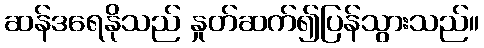
ဆန်ဒရေနိုသည် နှုတ်ဆက်၍ပြန်သွားသည်။